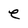
Character: e